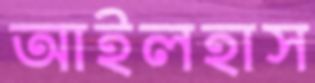
আইলহাস